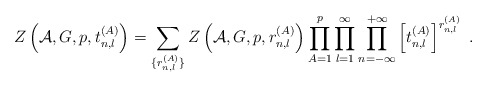
\begin{align*}Z\left({\cal A},G,p,t^{(A)}_{n,l}\right) = \sum_{\{r^{(A)}_{n,l}\}}Z\left({\cal A},G,p,r^{(A)}_{n,l}\right) \prod_{A=1}^p \prod_{l=1}^{\infty}\prod_{n=-\infty}^{+\infty} \left[t_{n,l}^{(A)}\right]^{r^{(A)}_{n,l}}~.\end{align*}